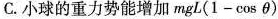
C.小球的重力势能增加$$m g L ( 1 - \cosθ )$$